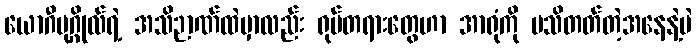
ယောဂီပုဂ္ဂိုလ်ရဲ့ အသိဉာဏ်ထဲမှာလည်း ရုပ်တရားတွေဟာ အာရုံကို မသိတတ်တဲ့အနေနဲ့ပဲ